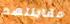
مقابلتهم